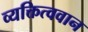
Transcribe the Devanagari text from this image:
व्यक्तित्ववान